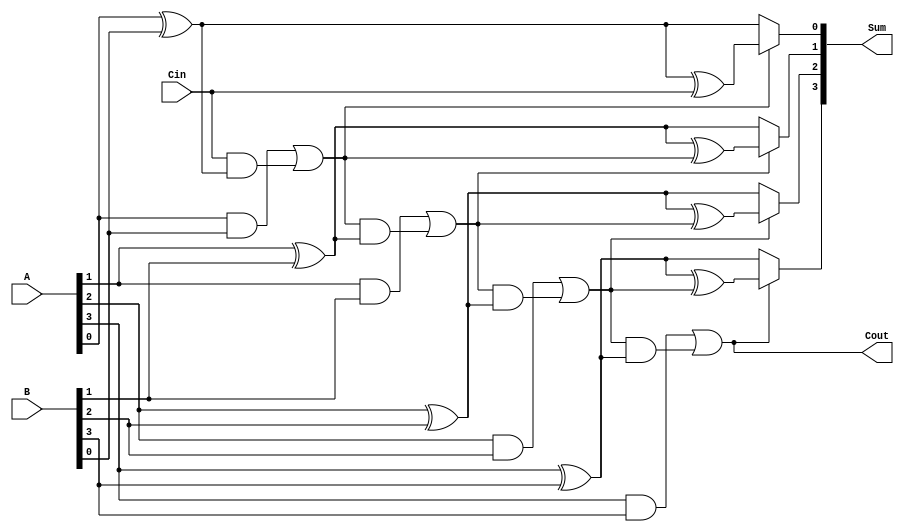
module conditional_sum_adder #(parameter N = 4) (
    input  wire [N-1:0] A,      // First n-bit input
    input  wire [N-1:0] B,      // Second n-bit input
    input  wire Cin,             // Carry-in
    output wire [N-1:0] Sum,     // n-bit sum output
    output wire Cout             // Carry-out
);

    wire [N-1:0] S0;            // Sum without carry
    wire [N-1:0] S1;            // Sum with carry
    wire [N-1:0] C;             // Carry out for each bit
    wire [N-1:0] C_temp;        // Temporary carry for conditional propagation

    // Generate S0, S1, and C for each bit
    genvar i;
    generate
        for (i = 0; i < N; i = i + 1) begin: CSA_bits
            // Sum without carry
            assign S0[i] = A[i] ^ B[i]; // S0 = A[i] XOR B[i] XOR 0
            // Sum with carry
            assign S1[i] = A[i] ^ B[i] ^ (i == 0 ? Cin : C[i-1]); // S1 = A[i] XOR B[i] XOR Cin (or previous carry)
            // Carry out
            assign C[i] = (A[i] & B[i]) | ((i == 0 ? Cin : C[i-1]) & (A[i] ^ B[i])); // C1 = (A[i] AND B[i]) OR (Cin AND (A[i] XOR B[i]))
        end
    endgenerate

    // Final sum calculation based on carry propagation
    generate
        for (i = 0; i < N; i = i + 1) begin: final_sum
            assign Sum[i] = C[i] ? S1[i] : S0[i]; // Choose S1 if carry is propagated, otherwise choose S0
        end
    endgenerate

    // Final carry-out
    assign Cout = C[N-1]; // Carry-out from the last bit

endmodule